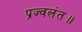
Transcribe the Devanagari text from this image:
प्रज्वलंत॥